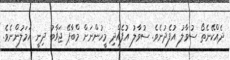
ދެއްކޭނެތޯ ސުވާލު އުފެދުނެވެ. ސުވާލު އުފެއްދި މީހުންނަށް މްބާޕޭ ޖަޥާބު ދިނީ އަމަލުންނެވެ.